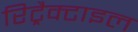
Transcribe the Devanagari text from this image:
रिट्रैक्टाइल